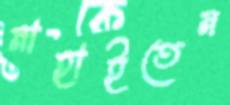
নাহাইতেন